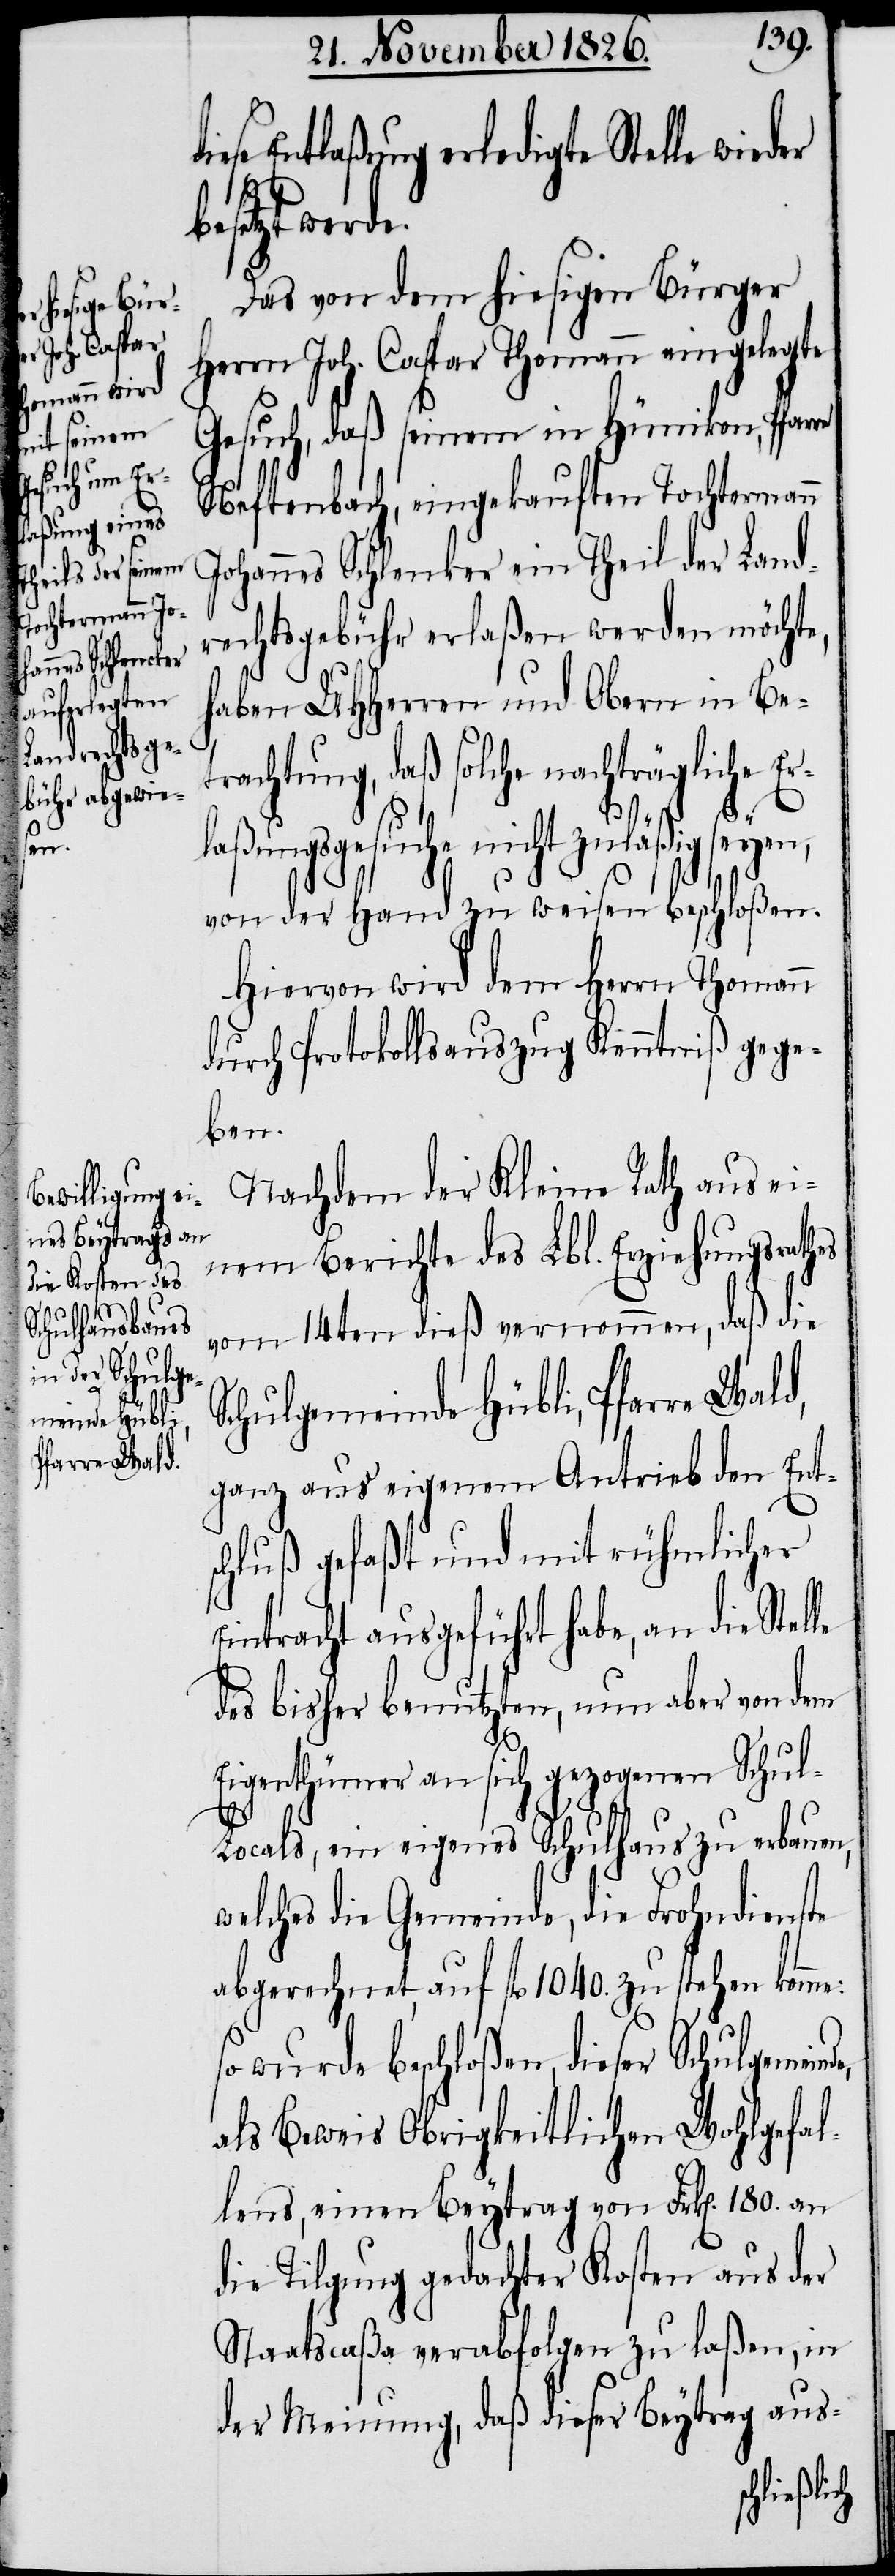
er bes¬
nes Schlenker

ein Theil der Land¬
etzt werde.
Das von dem hiesigen Bürger
Herrn Joh. Caspar Thomann eingelegte
Gesuch, daß seinem in Hünikon, Pfar¬
Neftenbach, eingekauften Tochterm¬
rechtsgebühr erlaßen werden möchte,
haben UHHerren und Obern in Bet¬
rachtung, daß solche nachträgliche E¬
laßungsgesuche nicht zuläßig
von der Hand zu weisen beschloßen.
Hiervon wird dem Herrn Thomann
durch Protokollsauszug Kenntniß gege¬
ben.
Nachdem der Kleine Rath aus ei¬
nem Berichte des Lbl. Erziehungsrathes
vom 14ten dieß vernommen, daß die
Schulgemeinde Hübli, Pfarre Wald,
ganz aus eigenem Antrieb den Ents¬
chluß gefaßt und mit rühmlicher
Eintracht ausgeführt habe, an die Stel¬
des bisher benutzten, nun aber von dem
Eigenthümer an sich gezogenen Schul-L¬
de,
ocals, ein eigenes Schulhaus zu erbauen,
welches die Gemeinde, die Frohndienste
abgerechnet, auf fl. 1040. zu stehen komme:
so wurde beschloßen, dieser Schulgemein¬
als Beweis Obrigkeitlichen Wohlgefal¬
lens, einen Beytrag von Frk[en]. 180. an
die Tilgung gedachter Kosten aus der
Staatscaßa verabfolgen zu laßen, in
der Meinung, daß dieser Beytrag aus-